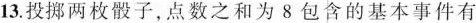
13.投掷两枚骰子，点数之和为8包含的基本事件有